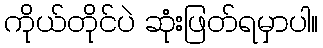
ကိုယ်တိုင်ပဲ ဆုံးဖြတ်ရမှာပါ။